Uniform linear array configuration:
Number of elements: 32
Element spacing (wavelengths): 0.5
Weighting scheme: cosine
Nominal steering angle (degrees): -15
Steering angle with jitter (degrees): -14.28
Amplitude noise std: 0.05
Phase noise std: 0.05

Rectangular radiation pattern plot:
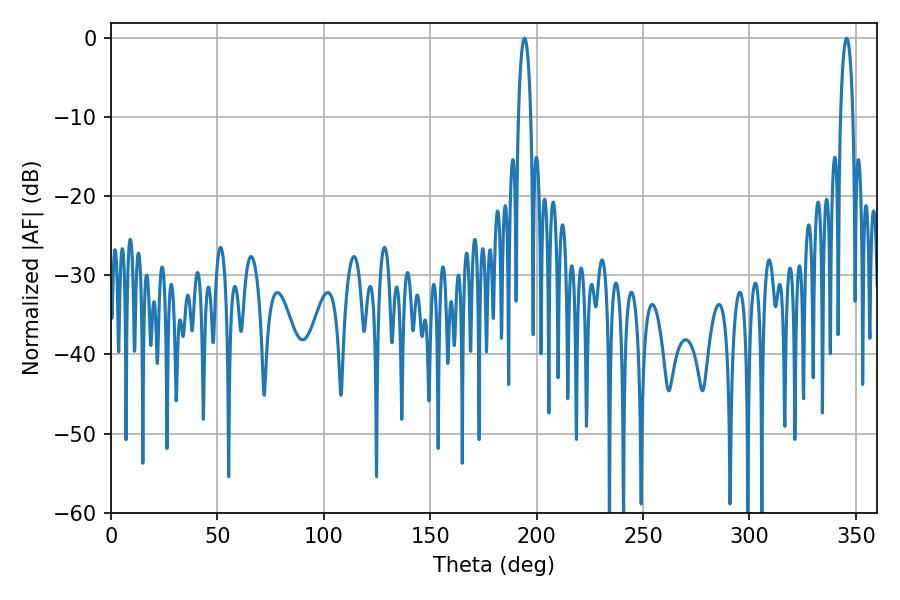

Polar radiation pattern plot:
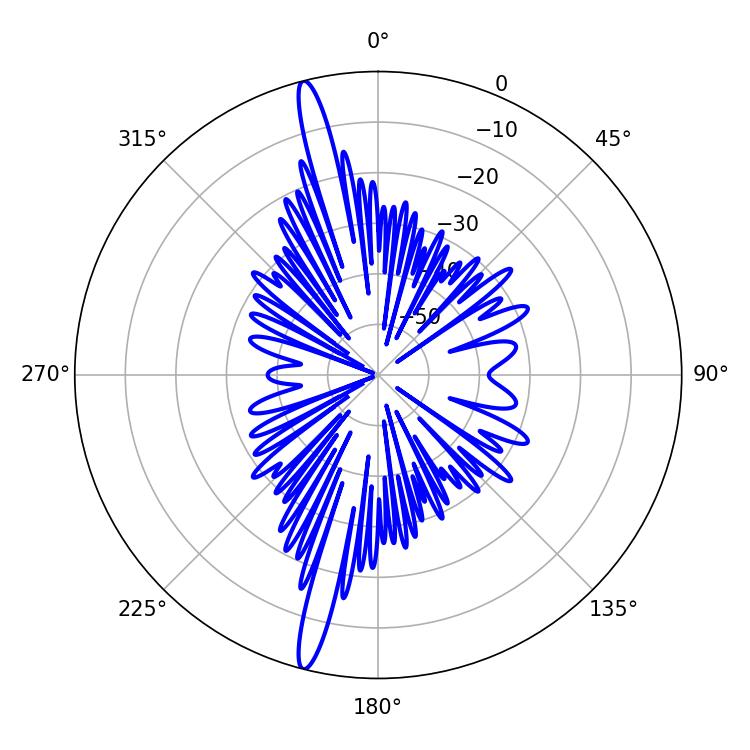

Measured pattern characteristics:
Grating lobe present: FALSE
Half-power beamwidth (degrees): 3.42
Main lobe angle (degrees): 194.22